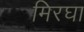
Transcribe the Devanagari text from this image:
मिरघा